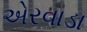
એરવાડા